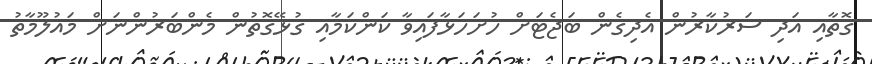
ގޮތާއި އަދި ސަރުކާރުން އެދިގެން ބަޖެޓަށް ހުށަހަޅާފައިވާ ކަންކަމާއި ގުޅޭގޮތުން މެންބަރުންނަށް މައުލޫމާތު